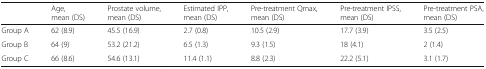
<table><thead><tr><td></td><td><b>Age, mean (DS)</b></td><td><b>Prostate volume, mean (DS)</b></td><td><b>Estimated IPP, mean (DS)</b></td><td><b>Pre-treatment Qmax, mean (DS)</b></td><td><b>Pre-treatment IPSS, mean (DS)</b></td><td><b>Pre-treatment PSA, mean (DS)</b></td></tr></thead><tbody><tr><td>Group A</td><td>62 (8.9)</td><td>45.5 (16.9)</td><td>2.7 (0.8)</td><td>10.5 (2.9)</td><td>17.7 (3.9)</td><td>3.5 (2.5)</td></tr><tr><td>Group B</td><td>64 (9)</td><td>53.2 (21.2)</td><td>6.5 (1.3)</td><td>9.3 (1.5)</td><td>18 (4.1)</td><td>2 (1.4)</td></tr><tr><td>Group C</td><td>66 (8.6)</td><td>54.6 (13.1)</td><td>11.4 (1.1)</td><td>8.8 (2.3)</td><td>22.2 (5.1)</td><td>3.1 (1.7)</td></tr></tbody></table>